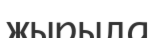
жырыла